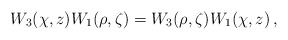
\begin{align*}W_3(\chi,z)W_1(\rho,\zeta)=W_3(\rho,\zeta)W_1(\chi,z)\,,\end{align*}